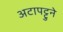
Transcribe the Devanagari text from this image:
अटापट्टुने